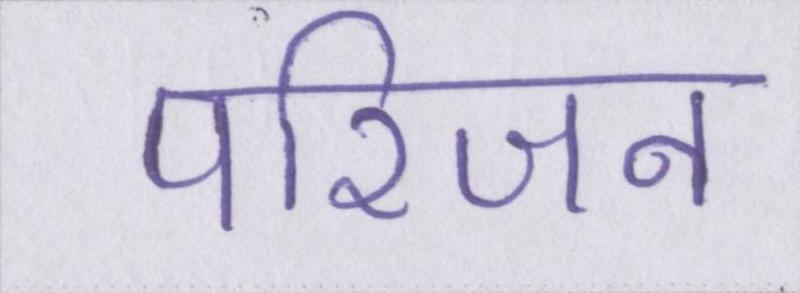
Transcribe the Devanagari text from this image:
परिजन